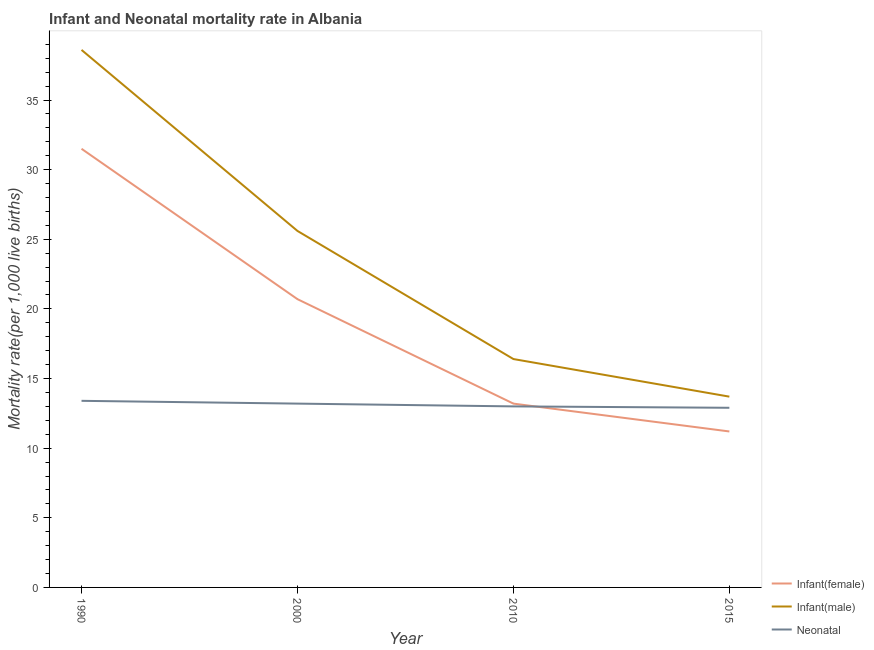
| Year | Infant(female) | Infant(male) | Neonatal  |
 | --- | --- | --- | --- |
 | 1990 | 31.5 | 38.6 | 13.4 |
 | 2000 | 20.7 | 25.6 | 13.2 |
 | 2010 | 13.2 | 16.4 | 13 |
 | 2015 | 11.2 | 13.7 | 12.9 |